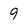
Character: 9